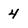
Character: 4